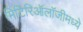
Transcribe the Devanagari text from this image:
मिटिरिऑलॉजीमध्ये